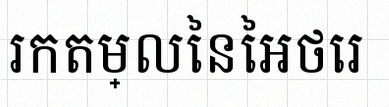
រកតម្លៃនៃអថេរ